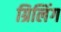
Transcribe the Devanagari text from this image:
ग्रिलिंग